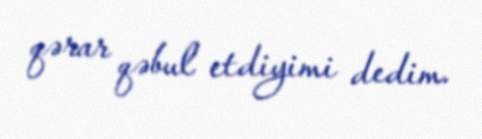
qərar qəbul etdiyimi dedim.